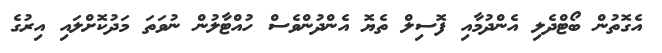
އެގޮތުން ބޯޓްދެލި އެންދުމާއި ފޮސިލް ތެޔޮ އެންދުންވެސް ހުއްޓާލުން ނުވަތަ މަދުކޮށްލައި އިރުގެ